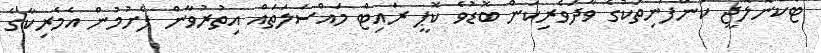
ޓެކްނޮލޮޖީ ކުންފުނިތަކުގެ ވާދަވެރިކަން ބޮޑުވެ ކޮޕީ ރައިޓް މައްސަލަތައް އިތުރުވާން ފެށުމުން އެމެރިކާގެ